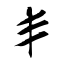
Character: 丯